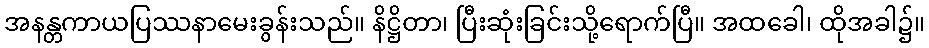
အနန္တကာယပြဿနာမေးခွန်းသည်။ နိဋ္ဌိတာ၊ ပြီးဆုံးခြင်းသို့ရောက်ပြီ။ အထခေါ၊ ထိုအခါ၌။